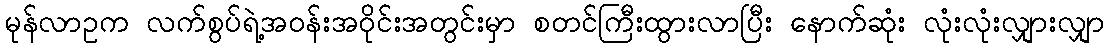
မုန်လာဥက လက်စွပ်ရဲ့အဝန်းအဝိုင်းအတွင်းမှာ စတင်ကြီးထွားလာပြီး နောက်ဆုံး လုံးလုံးလျှားလျှာ